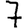
Digit: 7